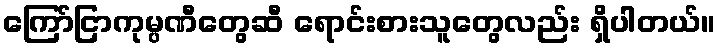
ကြော်ငြာကုမ္ပဏီတွေဆီ ရောင်းစားသူတွေလည်း ရှိပါတယ်။